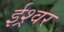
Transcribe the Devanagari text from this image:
ईश्र्वर